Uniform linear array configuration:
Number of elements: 4
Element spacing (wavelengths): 1
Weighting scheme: exponential
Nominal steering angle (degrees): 30
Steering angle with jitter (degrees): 29.073
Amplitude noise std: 0.05
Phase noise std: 0.05

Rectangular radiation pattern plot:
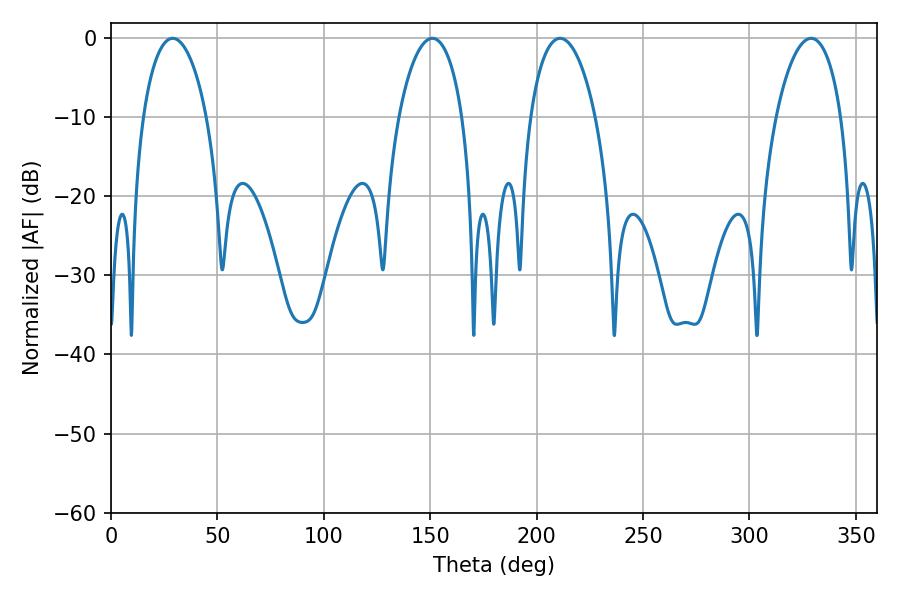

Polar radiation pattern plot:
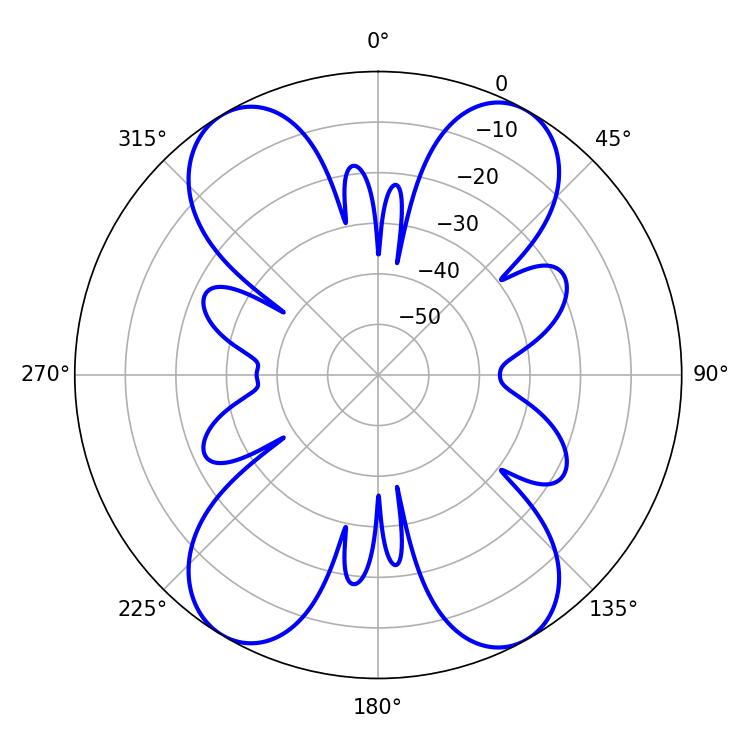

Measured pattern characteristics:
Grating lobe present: TRUE
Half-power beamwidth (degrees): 16.92
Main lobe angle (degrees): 28.98